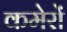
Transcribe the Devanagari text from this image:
कमेरों